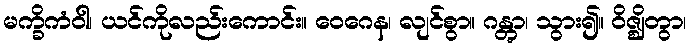
မက္ခိကံဝါ၊ ယင်ကိုလည်းကောင်း။ ဝေဂေန၊ လျင်စွာ။ ဂန္တွာ၊ သွား၍။ ဝိဇ္ဈိတွာ၊